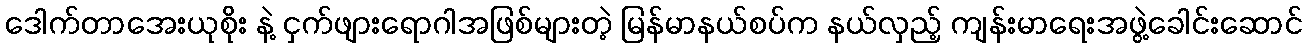
ဒေါက်တာအေးယုစိုး နဲ့ ငှက်ဖျားရောဂါအဖြစ်များတဲ့ မြန်မာနယ်စပ်က နယ်လှည့် ကျန်းမာရေးအဖွဲ့ခေါင်းဆောင်